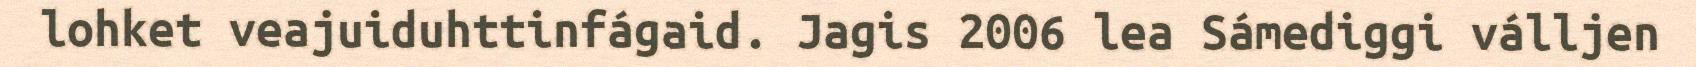
lohket veajuiduhttinfágaid. Jagis 2006 lea Sámediggi válljen